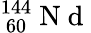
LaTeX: ^{144}_{\ 60}\mathrm{~N~d~}